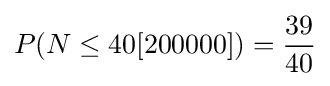
P(N\leq 40[200000])={\frac {39}{40}}